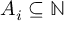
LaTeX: A _ { i } \subseteq \mathbb { N }